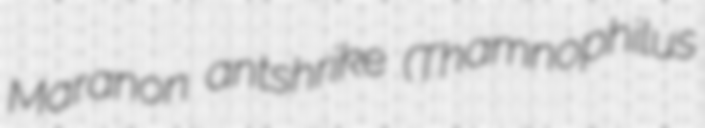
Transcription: Maranon antshrike (Thamnophilus